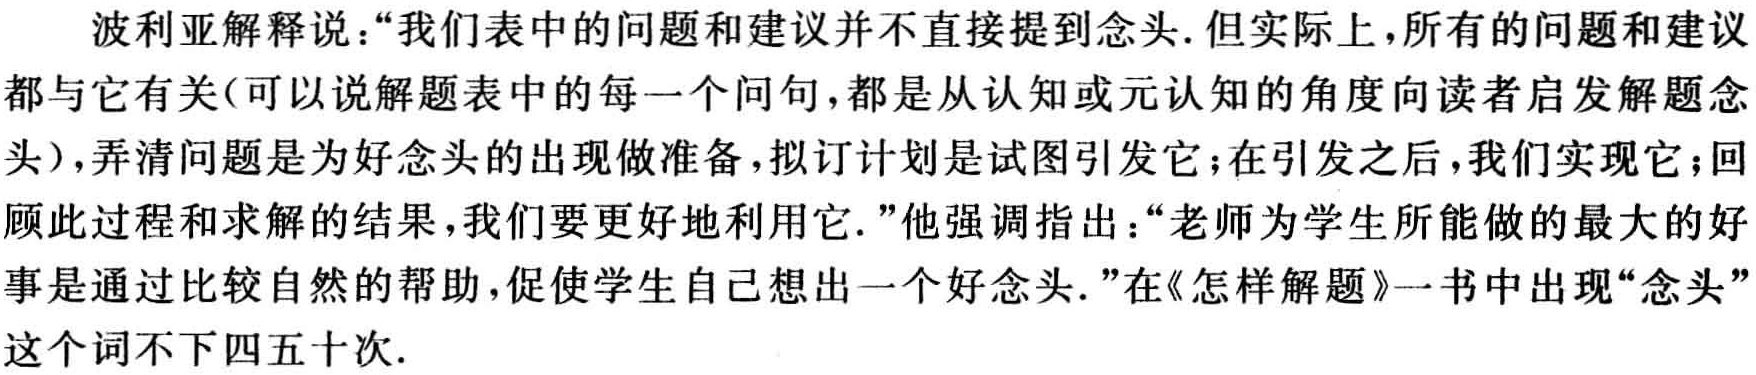
波利亚解释说：“我们表中的问题和建议并不直接提到念头.但实际上，所有的问题和建议都与它有关(可以说解题表中的每一个问句，都是从认知或元认知的角度向读者启发解题念头)，弄清问题是为好念头的出现做准备，拟订计划是试图引发它；在引发之后，我们实现它；回顾此过程和求解的结果，我们要更好地利用它.”他强调指出：“老师为学生所能做的最大的好事是通过比较自然的帮助，促使学生自己想出一个好念头.”在《怎样解题》一书中出现“念头”这个词不下四五十次.